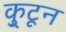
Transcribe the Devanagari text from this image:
कु्टून